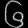
Digit: ၆